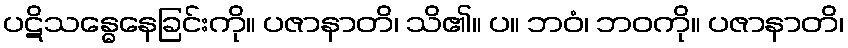
ပဋိသန္ဓေနေခြင်းကို။ ပဇာနာတိ၊ သိ၏။ ပ။ ဘဝံ၊ ဘဝကို။ ပဇာနာတိ၊